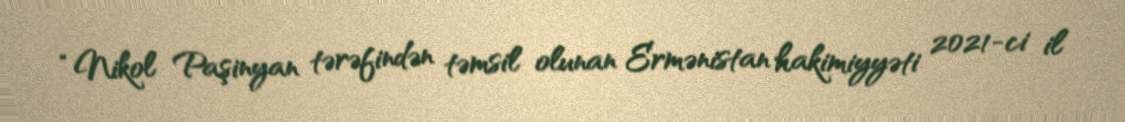
“Nikol Paşinyan tərəfindən təmsil olunan Ermənistan hakimiyyəti 2021-ci il